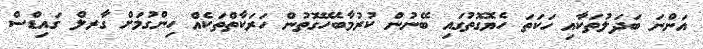
އަންނަ ބަދަލުތަކާއި ހަކަތަ ހެޔޮގޮތުގައި ބޭނުން ކުރުމާބެހޭގޮތުން ހަރަކާތްތަކެއް ހިންގުމަށް ގާރލް ގައިޑްސް